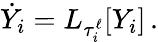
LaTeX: \dot{Y}_{i}={L}_{\tau_{i}^{\ell}}[Y_{i}]\, .